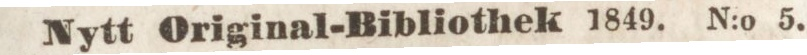
Nytt Original-Bibliothek 1849. N:o 5.